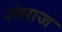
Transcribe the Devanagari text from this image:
अंसाज